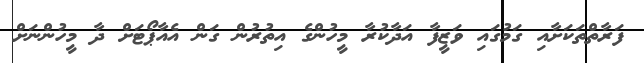
ފަރާތްތަކަށާއި ގަމުގައި ވަޒީފާ އަދާކުރާ މީހުންގެ އިތުރުން ގަން އެއާޕޯޓަށް ދާ މީހުންނަށް